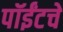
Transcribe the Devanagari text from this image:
पॉईंटचे